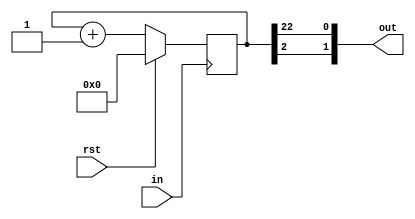
module clkSlower(out, in, rst);
	output [1:0] out;
	input in, rst;

	reg [22:0] ps, ns;

	assign out[1] = ps[2];
	assign out[0] = ps[22];

	
	always @(*)
		ns = ps + 1'b1;

	always @(posedge in)
		ps = rst ? 1'b0 : ns;
endmodule